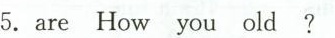
5.are How you old ?